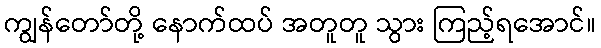
ကျွန်တော်တို့ နောက်ထပ် အတူတူ သွား ကြည့်ရအောင်။